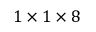
1 \times 1 \times 8